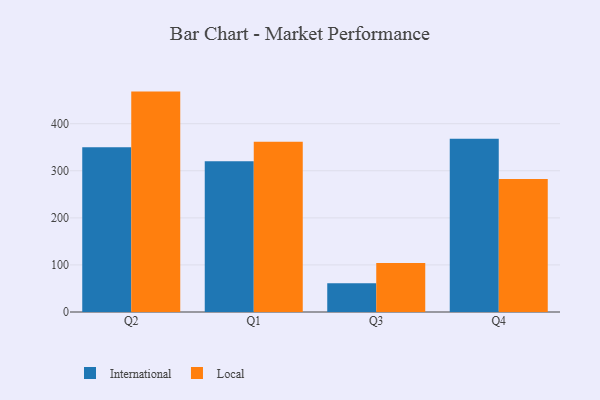
{"axis": {"x": "Quarter", "y": "Latency (ms)"}, "legend": ["International", "Local"], "data": [{"x": "Q2", "y": 349.9, "type": "International"}, {"x": "Q2", "y": 468.2, "type": "Local"}, {"x": "Q1", "y": 320.2, "type": "International"}, {"x": "Q1", "y": 361.6, "type": "Local"}, {"x": "Q3", "y": 61.0, "type": "International"}, {"x": "Q3", "y": 104.2, "type": "Local"}, {"x": "Q4", "y": 368.1, "type": "International"}, {"x": "Q4", "y": 282.8, "type": "Local"}]}